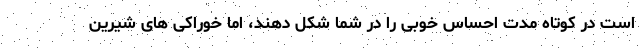
است در کوتاه مدت احساس خوبی را در شما شکل دهند، اما خوراکی های شیرین